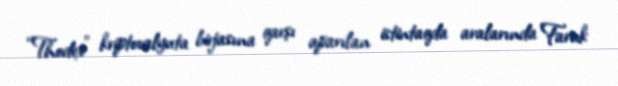
“Thodex” kriptovalyuta birjasına qarşı aparılan istintaqda aralarında Faruk